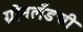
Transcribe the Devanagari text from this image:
ग्रीनलँडची